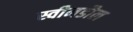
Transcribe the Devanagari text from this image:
स्वीनडौल